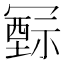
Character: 𥛛